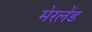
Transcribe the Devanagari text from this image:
मेरलेंड